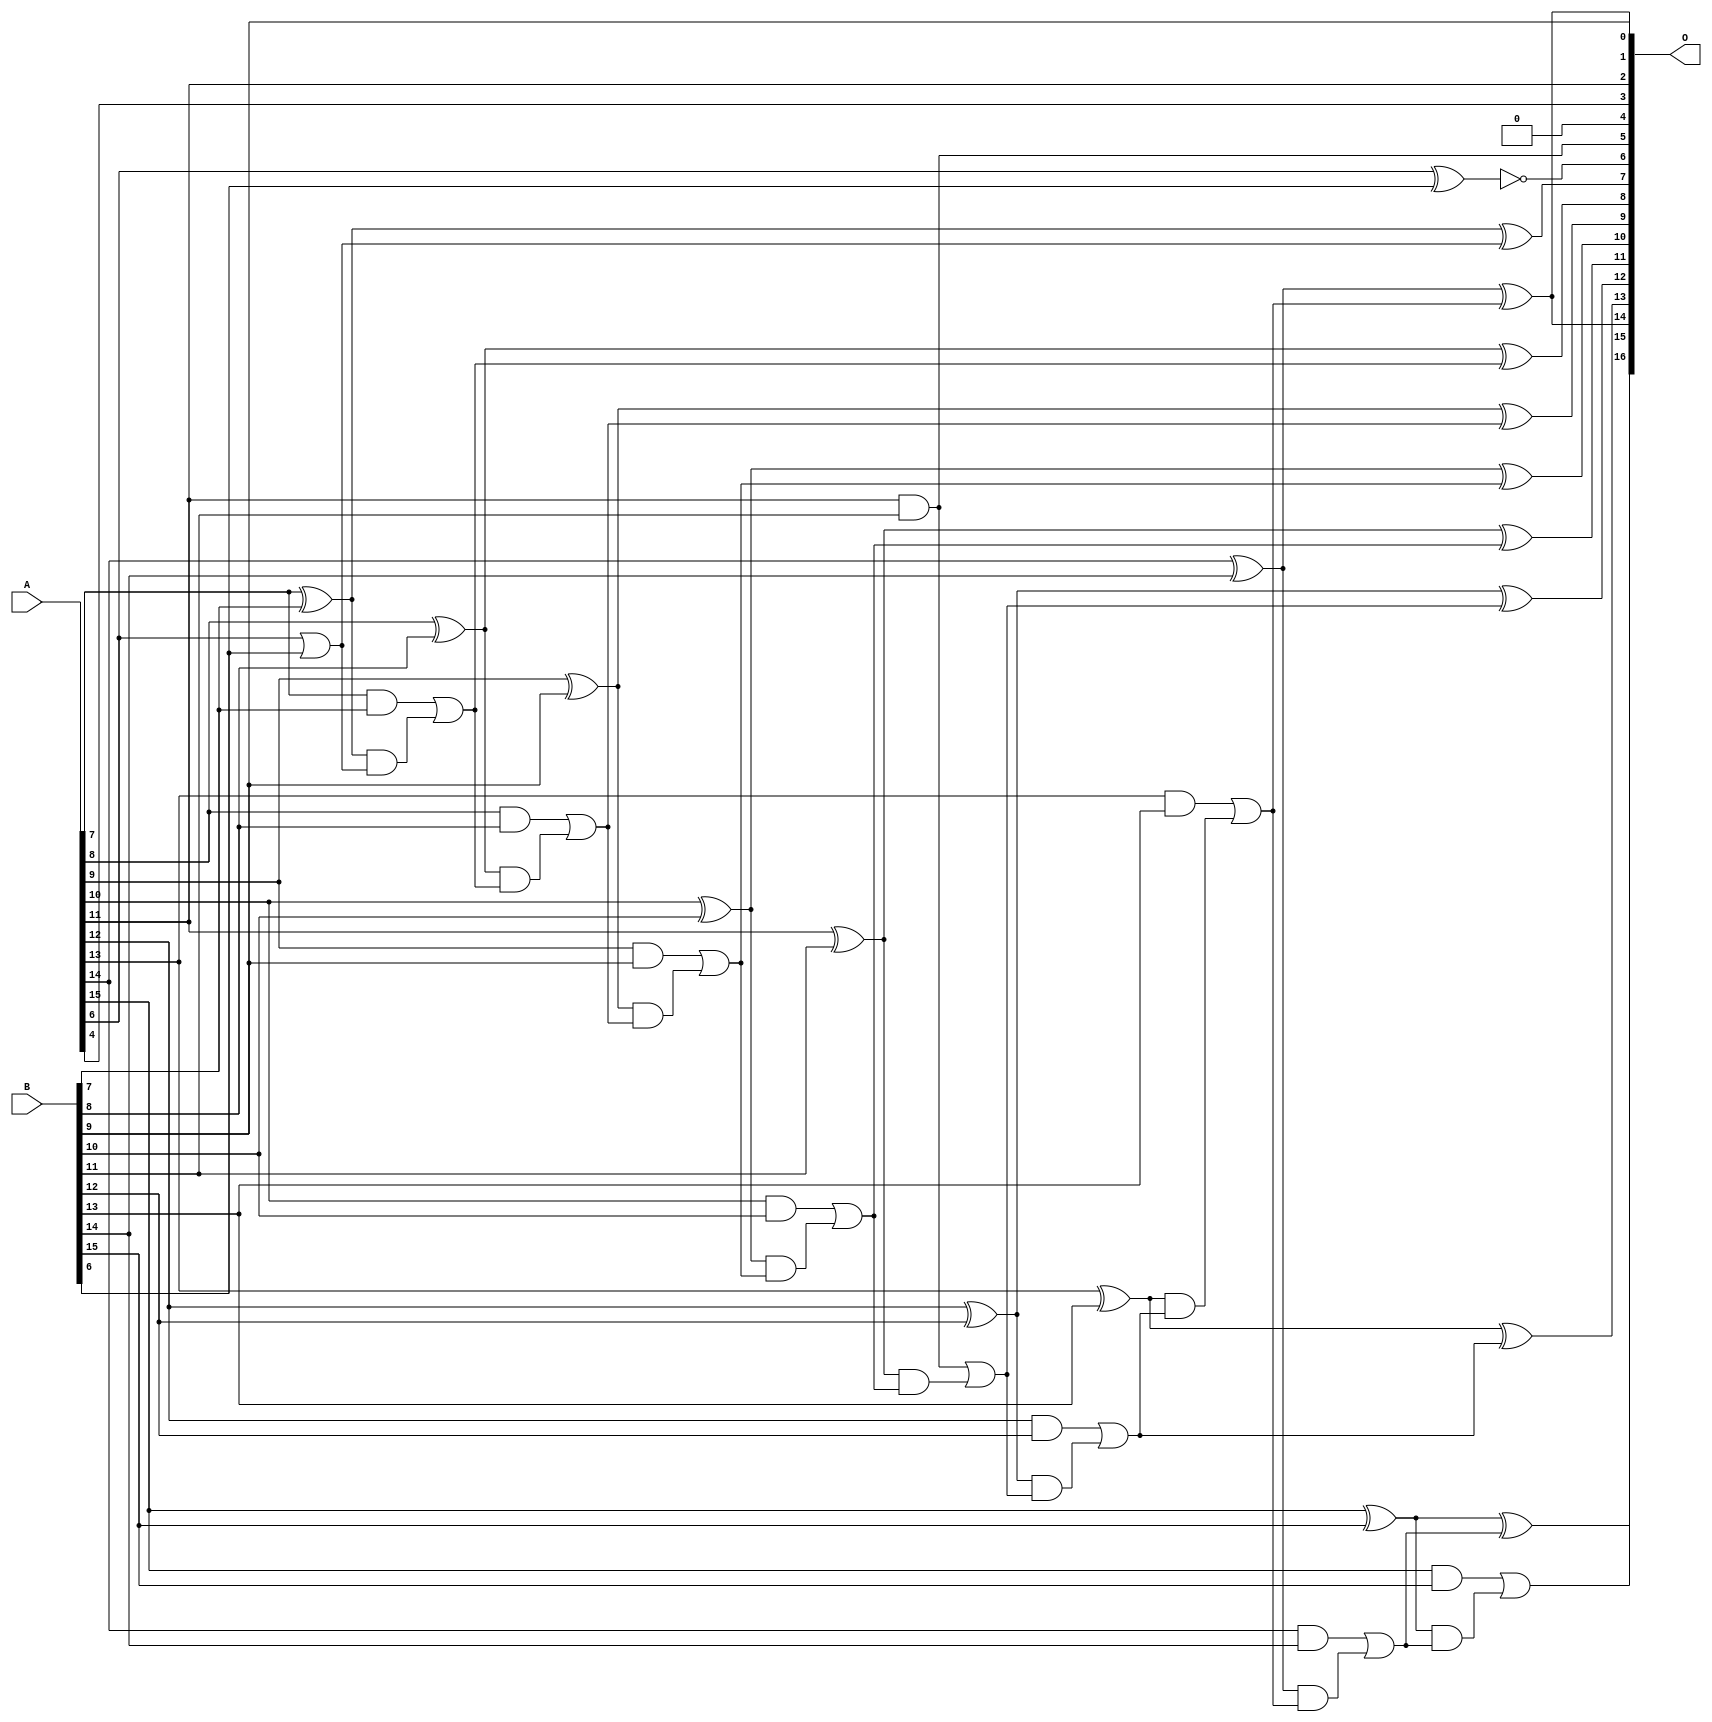
// This program was cloned from: https://github.com/ehw-fit/evoapproxlib
// License: MIT License

/***
* This code is a part of EvoApproxLib library (ehw.fit.vutbr.cz/approxlib) distributed under The MIT License.
* When used, please cite the following article(s):  
* This file contains a circuit from a sub-set of pareto optimal circuits with respect to the pwr and mae parameters
***/
// MAE% = 0.021 %
// MAE = 27 
// WCE% = 0.079 %
// WCE = 103 
// WCRE% = 6300.00 %
// EP% = 98.74 %
// MRE% = 0.056 %
// MSE = 1136 
// PDK45_PWR = 0.043 mW
// PDK45_AREA = 90.6 um2
// PDK45_DELAY = 0.80 ns


module add16u_073(A, B, O);
  input [15:0] A, B;
  output [16:0] O;
  wire sig_59, sig_60, sig_63, sig_64, sig_65, sig_66;
  wire sig_68, sig_69, sig_70, sig_71, sig_73, sig_74;
  wire sig_75, sig_76, sig_78, sig_79, sig_80, sig_81;
  wire sig_83, sig_84, sig_86, sig_88, sig_89, sig_90;
  wire sig_91, sig_93, sig_94, sig_95, sig_96, sig_98;
  wire sig_99, sig_100, sig_101, sig_103, sig_104, sig_105;
  wire sig_106;
  assign O[4] = 1'b0;
  assign O[2] = A[11];
  assign sig_59 = A[6] ^ B[6];
  assign sig_60 = A[6] | B[6];
  assign O[6] = !sig_59;
  assign sig_63 = sig_60;
  assign sig_64 = A[7] ^ B[7];
  assign sig_65 = A[7] & B[7];
  assign sig_66 = sig_64 & sig_63;
  assign O[7] = sig_64 ^ sig_63;
  assign sig_68 = sig_65 | sig_66;
  assign sig_69 = A[8] ^ B[8];
  assign sig_70 = A[8] & B[8];
  assign sig_71 = sig_69 & sig_68;
  assign O[8] = sig_69 ^ sig_68;
  assign sig_73 = sig_70 | sig_71;
  assign sig_74 = A[9] ^ B[9];
  assign sig_75 = A[9] & B[9];
  assign sig_76 = sig_74 & sig_73;
  assign O[9] = sig_74 ^ sig_73;
  assign sig_78 = sig_75 | sig_76;
  assign sig_79 = A[10] ^ B[10];
  assign sig_80 = A[10] & B[10];
  assign sig_81 = sig_79 & sig_78;
  assign O[10] = sig_79 ^ sig_78;
  assign sig_83 = sig_80 | sig_81;
  assign sig_84 = A[11] ^ B[11];
  assign O[5] = A[11] & B[11];
  assign sig_86 = sig_84 & sig_83;
  assign O[11] = sig_84 ^ sig_83;
  assign sig_88 = O[5] | sig_86;
  assign sig_89 = A[12] ^ B[12];
  assign sig_90 = A[12] & B[12];
  assign sig_91 = sig_89 & sig_88;
  assign O[12] = sig_89 ^ sig_88;
  assign sig_93 = sig_90 | sig_91;
  assign sig_94 = A[13] ^ B[13];
  assign sig_95 = A[13] & B[13];
  assign sig_96 = sig_94 & sig_93;
  assign O[13] = sig_94 ^ sig_93;
  assign sig_98 = sig_95 | sig_96;
  assign sig_99 = A[14] ^ B[14];
  assign sig_100 = A[14] & B[14];
  assign sig_101 = sig_99 & sig_98;
  assign O[0] = sig_99 ^ sig_98;
  assign sig_103 = sig_100 | sig_101;
  assign sig_104 = A[15] ^ B[15];
  assign sig_105 = A[15] & B[15];
  assign sig_106 = sig_104 & sig_103;
  assign O[15] = sig_104 ^ sig_103;
  assign O[16] = sig_105 | sig_106;
  assign O[1] = B[9];
  assign O[3] = A[4];
  assign O[14] = O[0];
endmodule